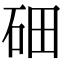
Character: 鿬